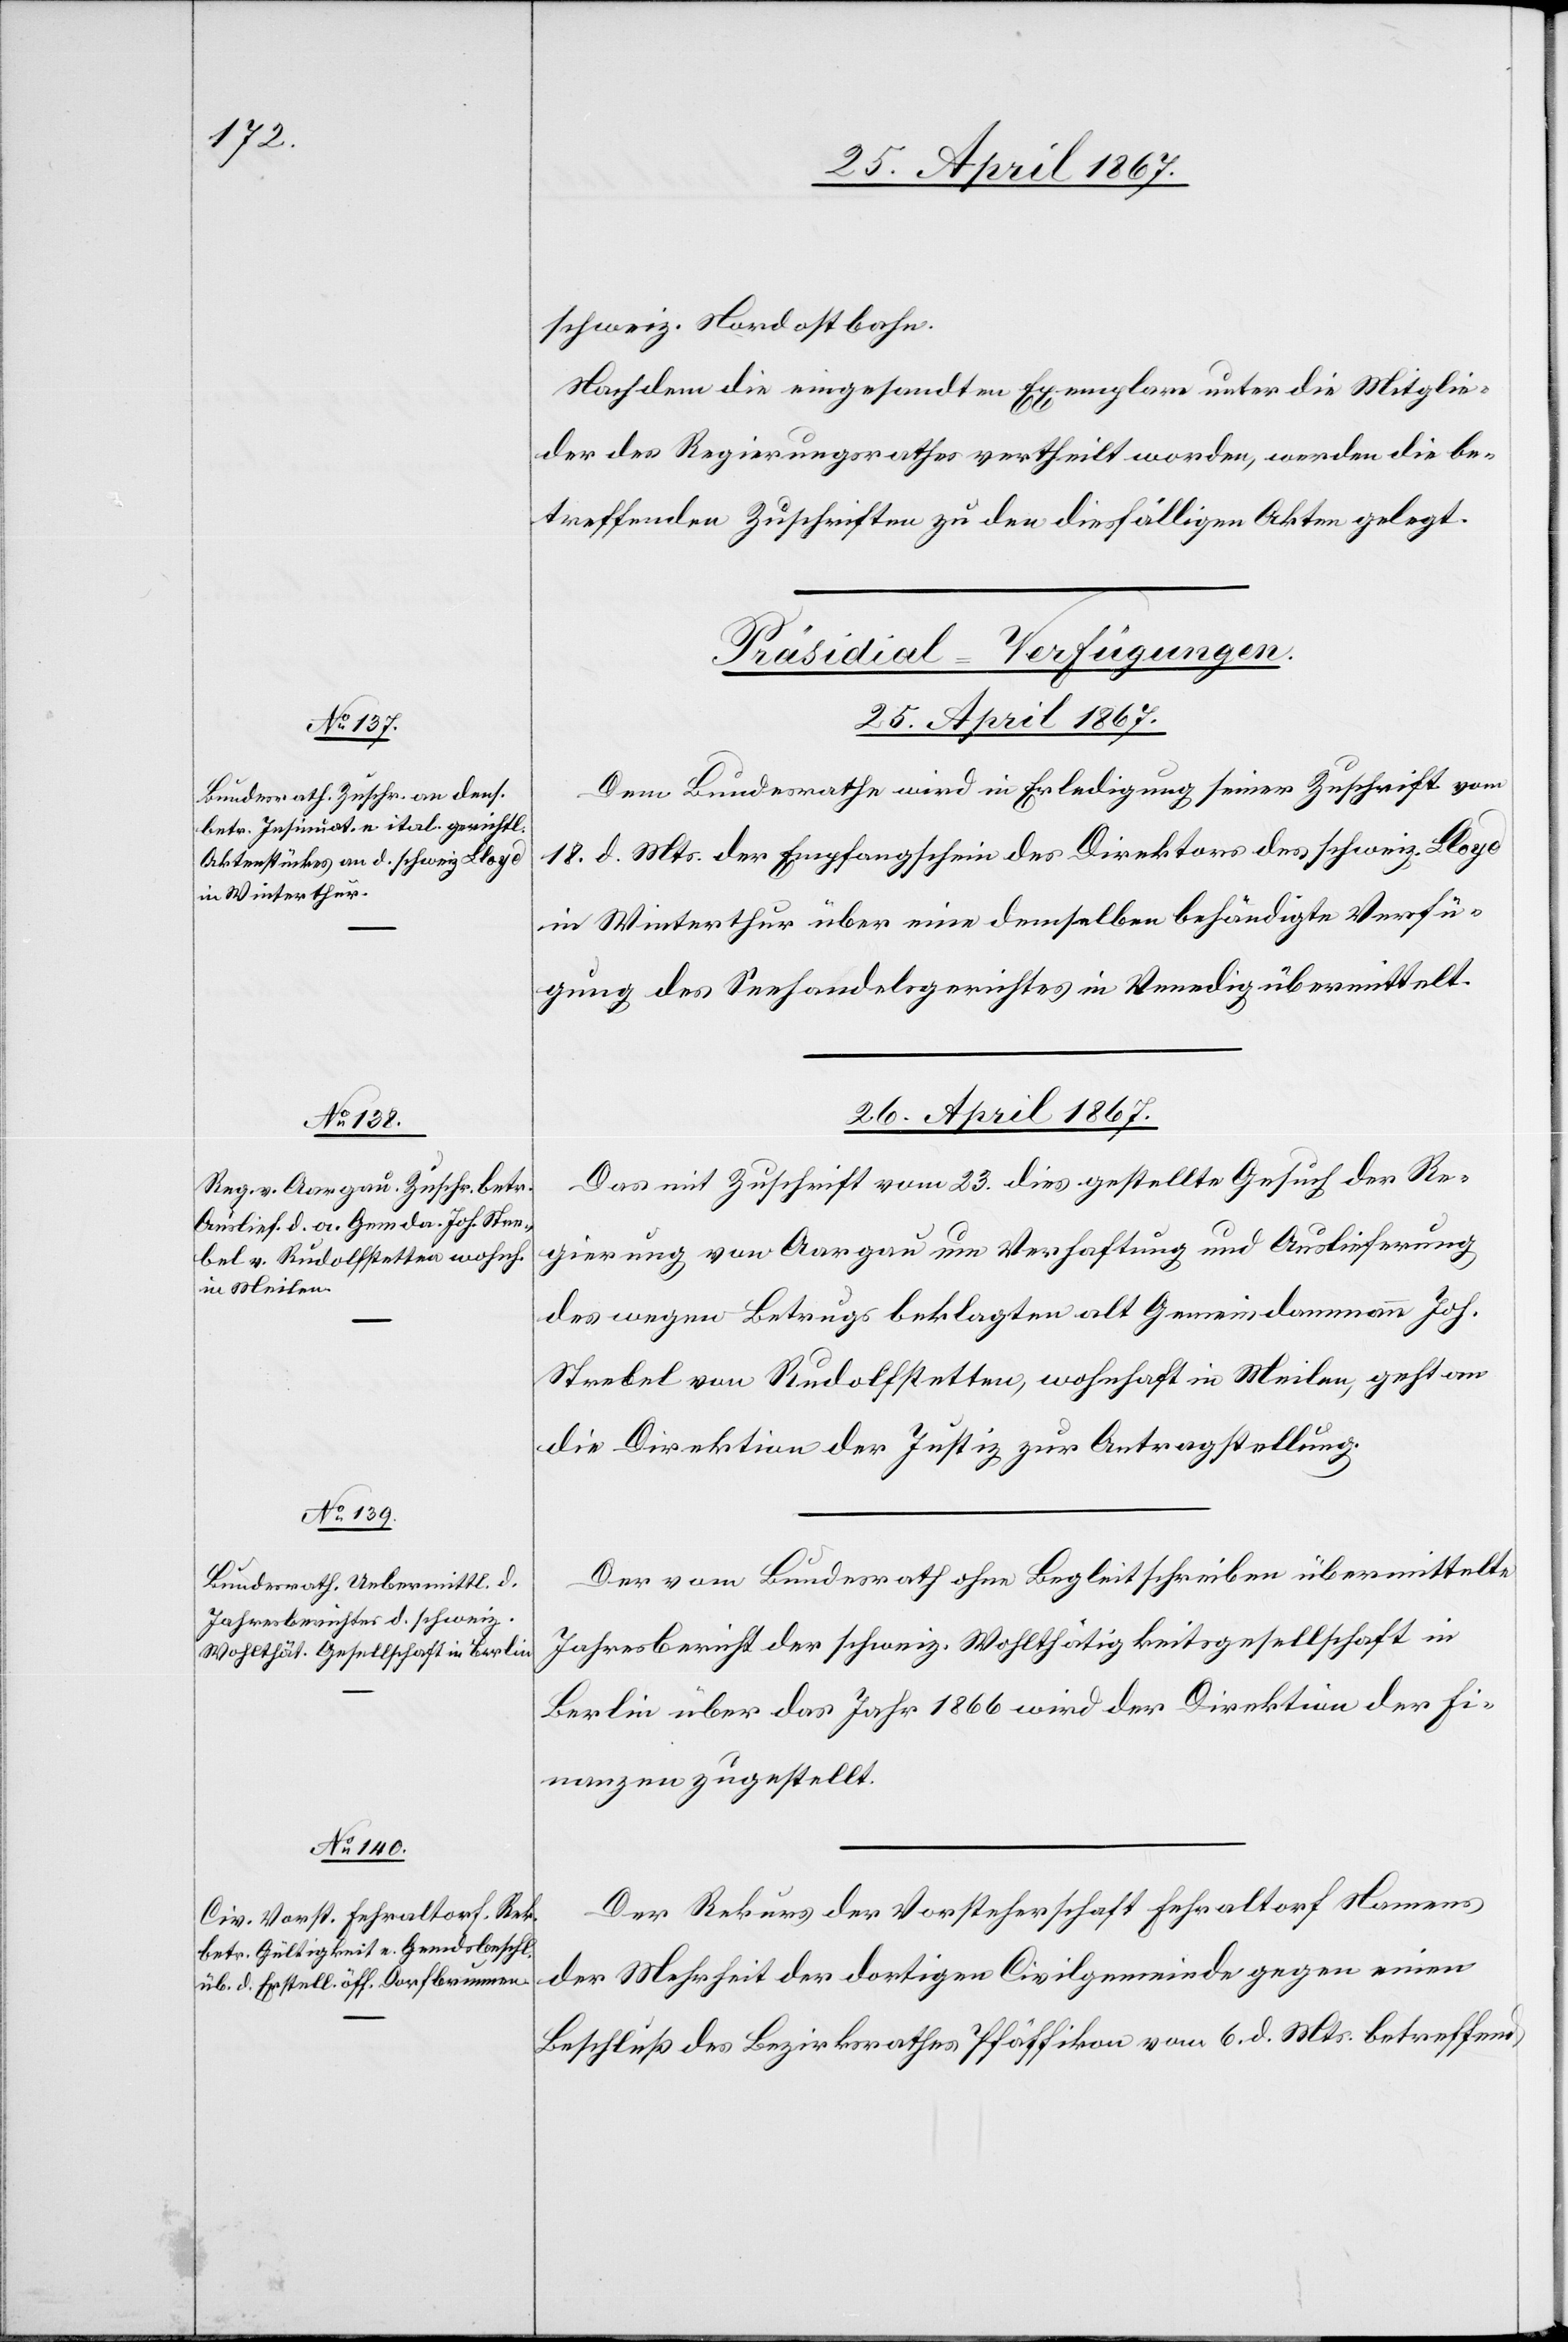
25. April 1867.
schweiz. Nordostbahn.
Nach dem die eingesandten Exemplare unter die Mitglie¬
der des Regierungsrathes vertheilt worden, werden die be¬
treffenden Zuschriften zu den diesfälligen Akten gelegt.
[Präsidial-Verfügungen.
Dem Bundesrathe wird in Erledigung seiner Zuschrift vom
18. d. Mts der Empfangschein der Direktion des schweiz. Lloyd
in Winterthur über eine demselben behändigte Verfü¬
gung des Seehandelsgerichtes in Venedig übermittelt.
26. April 1867.]
Das mit Zuschrift vom 23. dies gestellte Gesuch der Re¬
gierung von Aargau um Verhaftung und Auslieferung
des wegen Betrugs beklagten alt Gemeindammann Joh.
Strebel von Rudolfstetten, wohnhaft in Meilen, geht an
die Direktion der Justiz zur Antragstellung.
Der vom Bundesrath ohne Begleitschreiben übermittelte
Jahresbericht der schweiz. Wohlthätigkeitsgesellschaft in
Berlin über das Jahr 1866 wird der Direktion der Fi¬
nanzen zugestellt.
Der Rekurs der Vorsteherschaft Fehraltorf Namens
der Mehrheit der dortigen Civilgemeinde gegen einen
Beschluß des Bezirksrathes Pfäffikon vom 6. d. Mts. betreffend